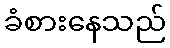
ခံစားနေသည်